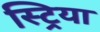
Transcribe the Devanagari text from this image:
स्ट्रिया